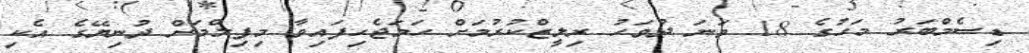
ޑިސެމްބަރު މަހުގެ 18 ވަނަ ދުވަހު ރިލީޒްކުރުމަށް ހަމަޖެހިފައިވާ މިފިލްމަށް ދުނިޔޭގެ އެކި